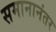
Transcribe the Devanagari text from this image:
समानानंतर